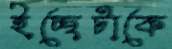
ইচ্ছেটাকে